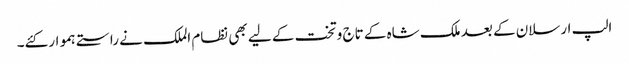
الپ ارسلان کے بعد ملک شاہ کے تاج وتخت کے لیے بھی نظام الملک نے راستے ہموار کئے۔